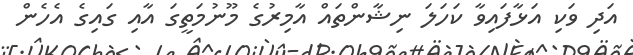
އަދި ވަކި އަޅާފައިވާ ކަހަލަ ނިޝާންތައް އާމިރުގެ މޫނުމަތީގަ އާއި ގައިގެ އެހެން